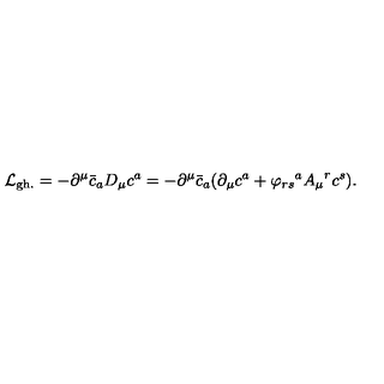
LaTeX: { \cal { L } } _ { \mathrm { g h . } } = - { \partial } ^ { \mu } { \bar { c } } _ { a } D _ { \mu } { c ^ { a } } = - { \partial } ^ { \mu } { \bar { c } } _ { a } ( { \partial } _ { \mu } c ^ { a } + { \varphi _ { r s } } ^ { a } { A _ { \mu } } ^ { r } { c ^ { s } } ) .